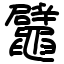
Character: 鼊